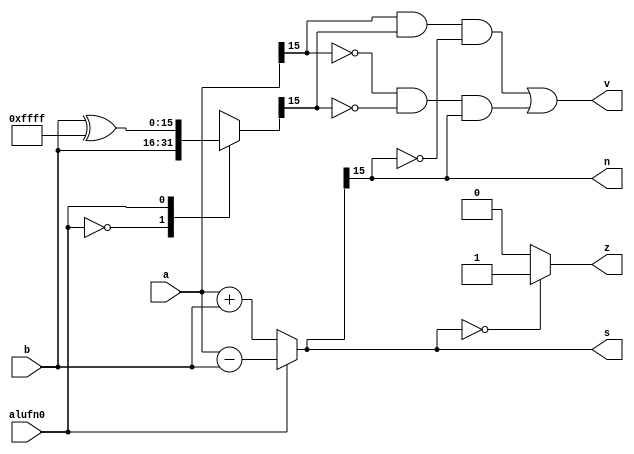
module adder_5 (
    input alufn0,
    input [15:0] a,
    input [15:0] b,
    output reg [15:0] s,
    output reg z,
    output reg v,
    output reg n
  );
  
  
  
  reg [15:0] xb;
  
  reg [15:0] out;
  
  always @* begin
    xb = 16'h0000;
    s = 16'h0000;
    z = 1'h0;
    v = 1'h0;
    n = 1'h0;
    
    case (alufn0)
      1'h0: begin
        xb = b;
      end
      1'h1: begin
        xb = b ^ 16'hffff;
      end
    endcase
    out = (alufn0 == 1'h0) ? a + b : a - b;
    z = (out == 1'h0) ? 1'h1 : 1'h0;
    v = (a[15+0-:1] & xb[15+0-:1] & ~out[15+0-:1]) | (~a[15+0-:1] & ~xb[15+0-:1] & out[15+0-:1]);
    n = out[15+0-:1];
    s = out;
  end
endmodule